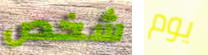
شخص يوم